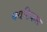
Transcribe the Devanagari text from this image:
क्यटिकल